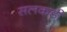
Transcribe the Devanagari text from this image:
सलकडी